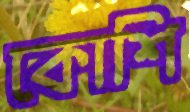
কোশি